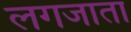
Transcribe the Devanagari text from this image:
लगजाता